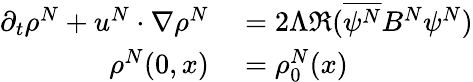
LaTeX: \begin{array}{rl}{\partial_{t}\rho^{N}+u^{N}\cdot\nabla\rho^{N}}&{{}=2\Lambda\Re(\overline{{\psi^{N}}}B^{N}\psi^{N})}\\ {\rho^{N}(0,x)}&{{}=\rho_{0}^{N}(x)}\end{array}